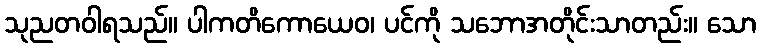
သုညတဝါရသည်။ ပါကတိကောယေဝ၊ ပင်ကို သဘောအတိုင်းသာတည်း။ သော